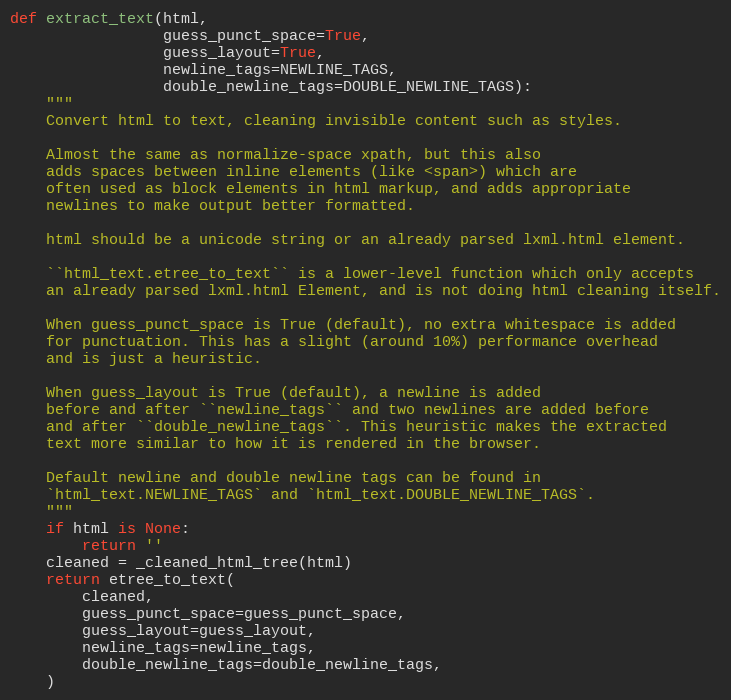
Language: Python
def extract_text(html,
                 guess_punct_space=True,
                 guess_layout=True,
                 newline_tags=NEWLINE_TAGS,
                 double_newline_tags=DOUBLE_NEWLINE_TAGS):
    """
    Convert html to text, cleaning invisible content such as styles.

    Almost the same as normalize-space xpath, but this also
    adds spaces between inline elements (like <span>) which are
    often used as block elements in html markup, and adds appropriate
    newlines to make output better formatted.

    html should be a unicode string or an already parsed lxml.html element.

    ``html_text.etree_to_text`` is a lower-level function which only accepts
    an already parsed lxml.html Element, and is not doing html cleaning itself.

    When guess_punct_space is True (default), no extra whitespace is added
    for punctuation. This has a slight (around 10%) performance overhead
    and is just a heuristic.

    When guess_layout is True (default), a newline is added
    before and after ``newline_tags`` and two newlines are added before
    and after ``double_newline_tags``. This heuristic makes the extracted
    text more similar to how it is rendered in the browser.

    Default newline and double newline tags can be found in
    `html_text.NEWLINE_TAGS` and `html_text.DOUBLE_NEWLINE_TAGS`.
    """
    if html is None:
        return ''
    cleaned = _cleaned_html_tree(html)
    return etree_to_text(
        cleaned,
        guess_punct_space=guess_punct_space,
        guess_layout=guess_layout,
        newline_tags=newline_tags,
        double_newline_tags=double_newline_tags,
    )